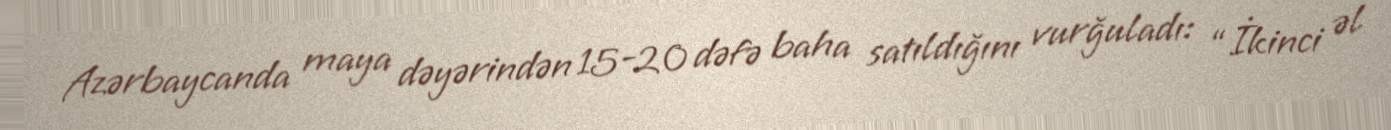
Azərbaycanda maya dəyərindən 15-20 dəfə baha satıldığını vurğuladı: “İkinci əl